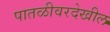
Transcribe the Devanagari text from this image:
पातळीवरदेखील